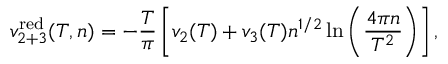
v _ { 2 + 3 } ^ { \mathrm { r e d } } ( T , n ) = - \frac { T } { \pi } \left[ v _ { 2 } ( T ) + v _ { 3 } ( T ) n ^ { 1 / 2 } \ln \left( \frac { 4 \pi n } { T ^ { 2 } } \right) \right] ,